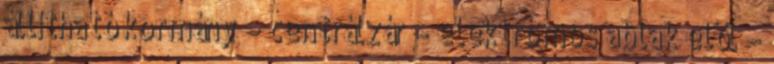
állítható kormány – centrálzár – elektromos ablak elöl –